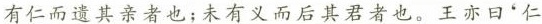
有仁而遣其亲者也；未有义而后其君者也。王亦日'仁